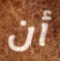
أن